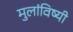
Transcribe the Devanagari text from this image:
मुलांविष्यी